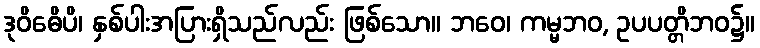
ဒုဝိဓေိပိ၊ နှစ်ပါးအပြားရှိသည်လည်း ဖြစ်သော။ ဘဝေ၊ ကမ္မဘဝ, ဥပပတ္တိဘဝ၌။